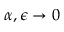
\alpha , \epsilon \to 0